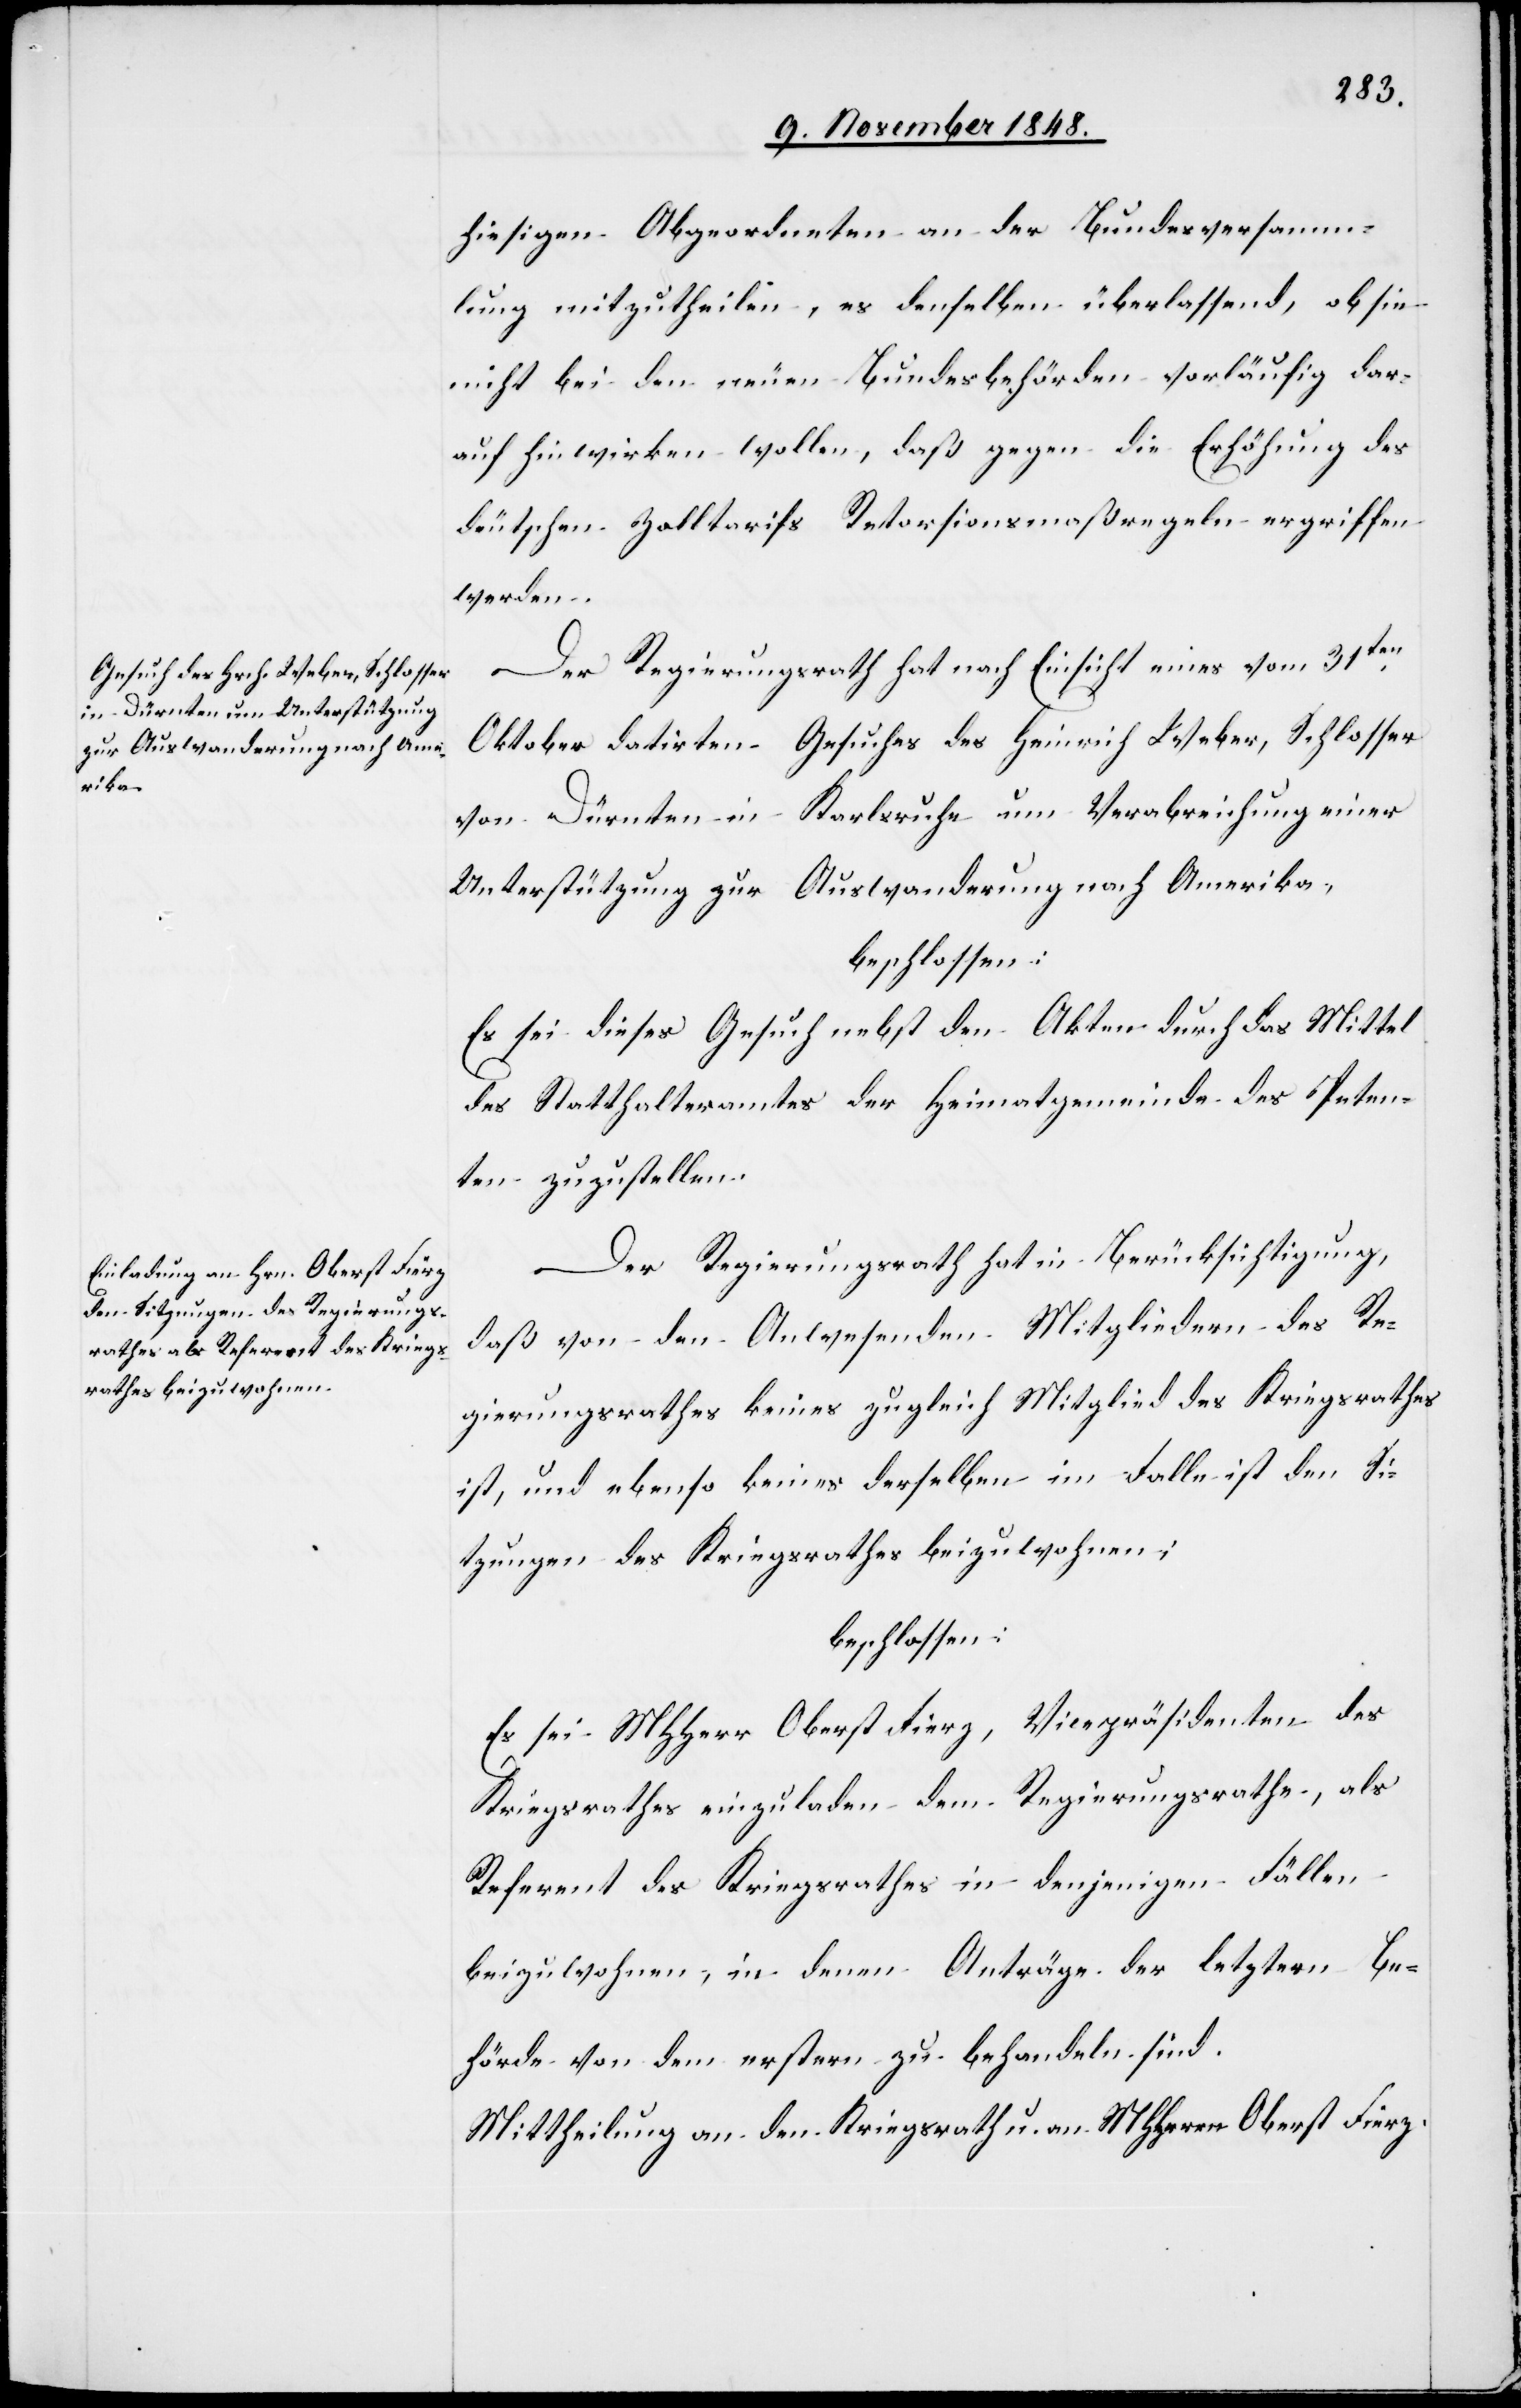
hiesigen Abgeordneten an der Bundesversamm¬
lung mitzutheilen, es denselben überlassend, ob sie
nicht bei den neuen Bundesbehörden vorläufig dar¬
auf hinwirken wollen, daß gegen die Erhöhung des
deutschen Zolltarifs Retorsionsmaßregeln ergriffen
werden.
Der Regierungsrath hat nach Einsicht eines vom 31ten
Oktober datirten Gesuches des Heinrich Weber, Schlosser
von Dürnten in Karlsruhe um Verabreichung einer
Unterstützung zur Auswanderung nach Amerika,
beschlossen:
Es sei dieses Gesuch nebst den Akten durch das Mittel
des Statthalteramtes der Heimatgemeinde des Peten¬
ten zuzustellen.
Der Regierungsrath hat in Berücksichtigung,
daß von den Anwesenden Mitgliedern des Re¬
gierungsrathes keines zugleich Mitglied des Kriegsrathes
ist, und ebenso keines derselben im Falle ist den Si¬
tzungen des Kriegsrathes beizuwohnen;
beschlossen:
Es sei MHHerr Oberst Fierz, Vicepräsidenten des
Kriegsrathes einzuladen dem Regierungsrathe, als
Referent des Kriegsrathes in denjenigen Fällen
beizuwohnen, in denen Anträge der letztern Be¬
hörde von dem erstern zu behandeln sind.
Mittheilung an den Kriegsrath u. an MHHerrn Oberst Fierz.